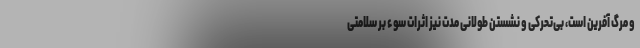
و مرگ آفرین است، بی‌تحرکی و نشستن طولانی مدت نیز اثرات سوء بر سلامتی